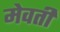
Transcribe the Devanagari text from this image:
मेवती